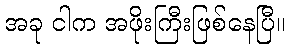
အခု ငါက အဖိုးကြီးဖြစ်နေပြီ။